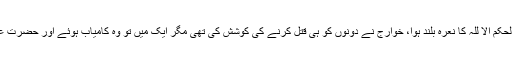
خوارج کے معاملے نے بھی اسی سے جنم لیا اور ” ان الحکم الا للہ کا نعرہ بلند ہوا، خوارج نے دونوں کو ہی قتل کرنے کی کوشش کی تھی مگر ایک میں تو وہ کامیاب ہوئے اور حضرت علیؓ کو شہید کر دیا گیا جبکہ دوسرے میں وہ ناکام رہے۔